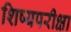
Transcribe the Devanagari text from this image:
शिष्यपरीक्षा